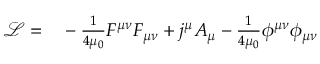
\begin{array} { r l } { \mathcal L = } & { { } - \frac { 1 } { 4 \mu _ { 0 } } F ^ { \mu \nu } F _ { \mu \nu } + j ^ { \mu } A _ { \mu } - \frac { 1 } { 4 \mu _ { 0 } } \phi ^ { \mu \nu } \phi _ { \mu \nu } } \end{array}